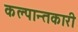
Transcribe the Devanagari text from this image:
कल्पान्तकारी